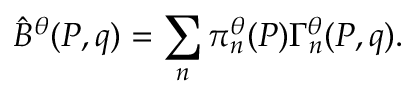
\hat { \cal B } ^ { \theta } ( P , q ) = \sum _ { n } \pi _ { n } ^ { \theta } ( P ) \Gamma _ { n } ^ { \theta } ( P , q ) .